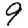
Digit: 9